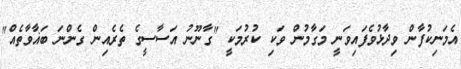
އެމަނިކުފާން ވިދާޅުވެފައިވަނީ މަގާމުން ވަކި ކުރުމަކީ "ގާނޫނު އަސާސީގެ ތެރެއިން ގެންނަ ބަޣާވާތެއް"